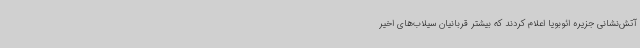
آتش‌نشانی جزیره ائوبویا اعلام کردند که بیشتر قربانیان سیلاب‌های اخیر